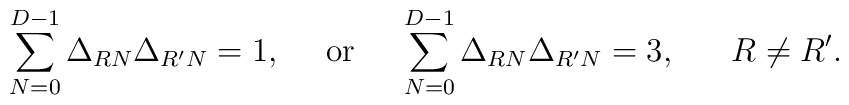
\sum_{N=0}^{D-1}\Delta_{RN}\Delta_{R'N}=1,   ~~~~\mbox{or}~~~~   \sum_{N=0}^{D-1}\Delta_{RN}\Delta_{R'N}=3,   ~~~~~R\not=R'.